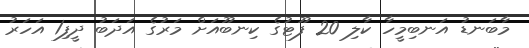
މާބަނޑު އަނބިމީހާ ކާލި 20 ފޫޓުގެ ކިނބޫއަށް މަރުގެ އަދަބު ދީފި1 އަހަރު